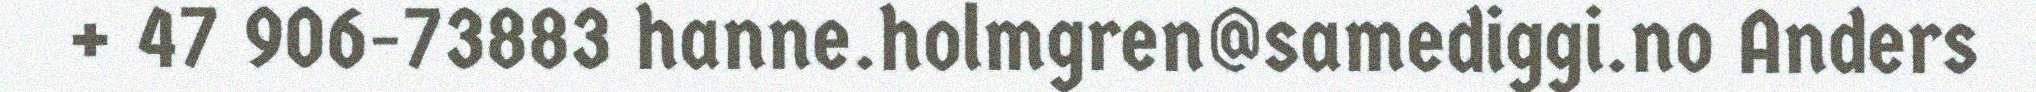
+ 47 906-73883 hanne.holmgren@samediggi.no Anders